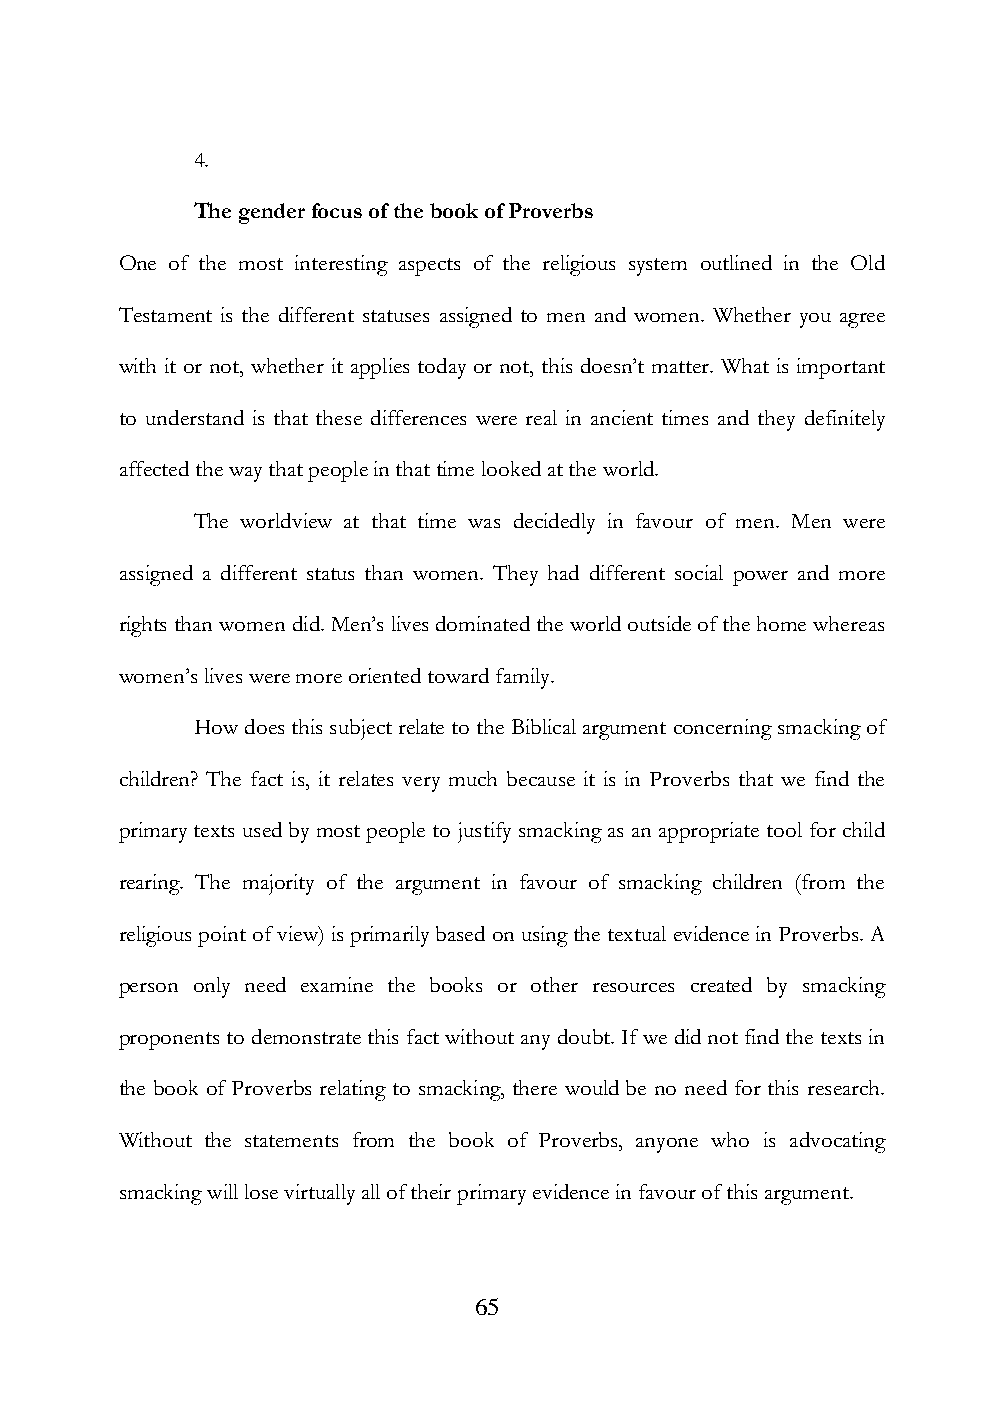
4.
 The gender focus of the book of Proverbs
 One of the most interesting aspects of the religious system outlined in the Old
 Testament is the different statuses assigned to men and women. Whether you agree
 with it or not, whether it applies today or not, this doesn‟t matter. What is important
 to understand is that these differences were real in ancient times and they definitely
 affected the way that people in that time looked at the world.
 The worldview at that time was decidedly in favour of men. Men were
 assigned a different status than women. They had different social power and more
 rights than women did. Men‟s lives dominated the world outside of the home whereas
 women‟s lives were more oriented toward family.
 How does this subject relate to the Biblical argument concerning smacking of
 children? The fact is, it relates very much because it is in Proverbs that we find the
 primary texts used by most people to justify smacking as an appropriate tool for child
 rearing. The majority of the argument in favour of smacking children (from the
 religious point of view) is primarily based on using the textual evidence in Proverbs. A
 person only need examine the books or other resources created by smacking
 proponents to demonstrate this fact without any doubt. If we did not find the texts in
 the book of Proverbs relating to smacking, there would be no need for this research.
 Without the statements from the book of Proverbs, anyone who is advocating
 smacking will lose virtually all of their primary evidence in favour of this argument.
 65